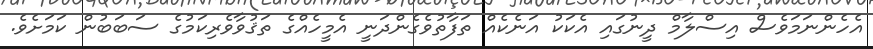
އެހެންނަމަވެސް އިސްލާމް ދީނުގައި އެކަކު އަނެކެއް ތަފާތުވެގެންދަނީ އެމީހެއްގެ ތަޤުވާވެރިކަމުގެ ސަބަބުން ކަމަށެވެ.